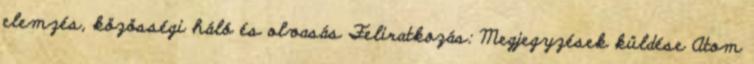
elemzés, közösségi háló és olvasás Feliratkozás: Megjegyzések küldése Atom